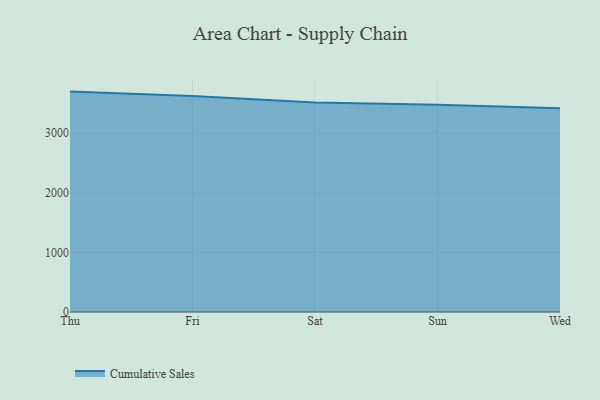
{"axis": {"x": "Day", "y": "Humidity (%)"}, "legend": ["Cumulative Sales"], "data": [{"x": "Thu", "y": 3696.9, "type": "Cumulative Sales"}, {"x": "Fri", "y": 3622.1, "type": "Cumulative Sales"}, {"x": "Sat", "y": 3512.6, "type": "Cumulative Sales"}, {"x": "Sun", "y": 3478.1, "type": "Cumulative Sales"}, {"x": "Wed", "y": 3419.5, "type": "Cumulative Sales"}]}